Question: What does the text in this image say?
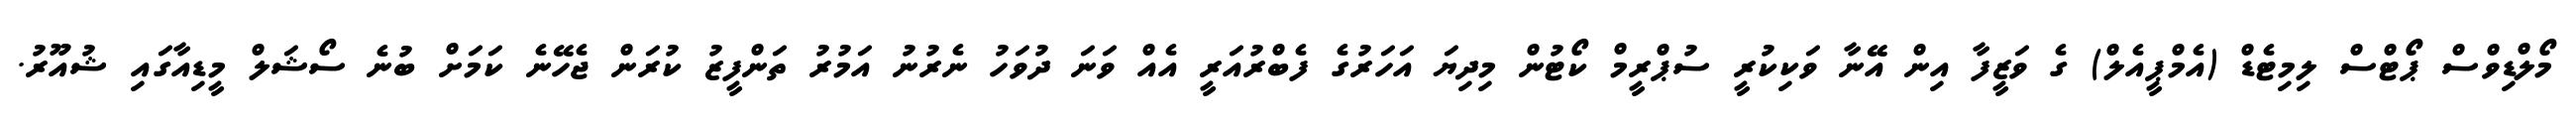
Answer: މޯލްޑިވްސް ޕޯޓްސް ލިމިޓެޑް (އެމްޕީއެލް) ގެ ވަޒީފާ އިން އޭނާ ވަކިކުރީ ސުޕްރީމް ކޯޓުން މިދިޔަ އަހަރުގެ ފެބްރުއަރީ އެއް ވަނަ ދުވަހު ނެރުނު އަމުރު ތަންފީޒު ކުރަން ޖެހޭނެ ކަމަށް ބުނެ ސޯޝަލް މީޑިއާގައި ޝުއޫރު.